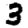
Digit: 3